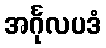
အင်္ဂုလပဒံ